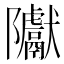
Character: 𮥲